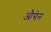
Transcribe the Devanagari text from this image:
औग्रेन